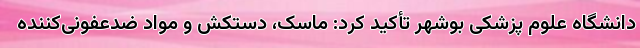
دانشگاه علوم پزشکی بوشهر تأکید کرد: ماسک، دستکش و مواد ضدعفونی‌کننده